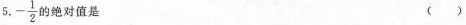
5. - \frac{1}{2} 的绝对值是 ( )